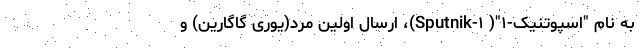
به نام "اسپوتنیک-۱"( Sputnik-۱)، ارسال اولین مرد(یوری گاگارین) و